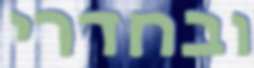
ובחדרי